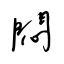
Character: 悶